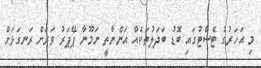
މި އަހަރުގެ ޓެސްޓުގައި ބޮޑު ބަދަލުތަކެއް އަންނާތީ ނަމޫނާ ޕޭޕަރު ވަރަށް ރަނގަޅަށް